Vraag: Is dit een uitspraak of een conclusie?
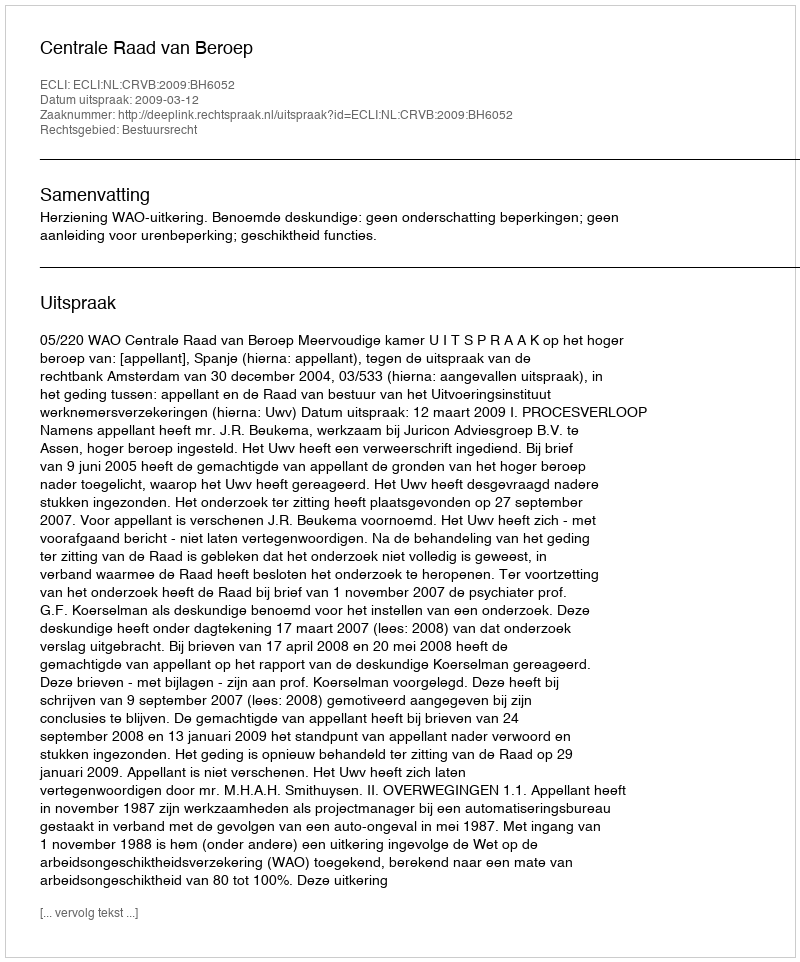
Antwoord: Uitspraak